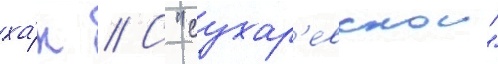
ха́н // С "сухар'евскои"